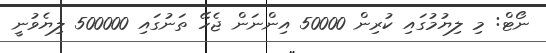
ނޯޓް: މި ލިޔުމުގައި ކުރިން 50000 އިންނަން ޖެހޭ ތަނުގައި 500000 ލިޔެވުނީ